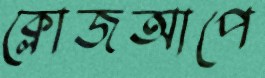
ক্লোজআপে